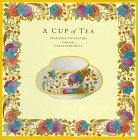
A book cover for A Cup of Tea: Treasures for Teatime; Geraldene Holt; Cookbooks, Food & Wine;